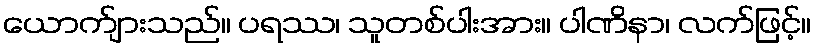
ယောက်ျားသည်။ ပရဿ၊ သူတစ်ပါးအား။ ပါဏိနာ၊ လက်ဖြင့်။